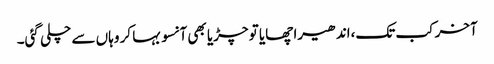
آخر کب تک،اندھیرا چھایا تو چڑیا بھی آنسو بہا کر وہاں سے چلی گئی۔